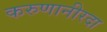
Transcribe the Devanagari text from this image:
करुणानीरदा